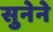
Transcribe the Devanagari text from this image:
सुनेने